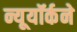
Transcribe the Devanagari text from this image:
न्यूयॉर्कने